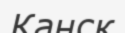
Канск